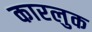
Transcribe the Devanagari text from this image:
कारलुक